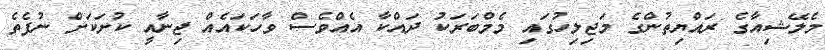
މެލޭޝިއާގެ ރައްޔިތުންގެ މަޖިލިހުގައި މެމްބަރަކު ދައްކާ އެއްވެސް ވާހަކައެއް ޖިނާއީ ކުށަކަަށް ނުފެތެ